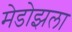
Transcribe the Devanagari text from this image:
मेडोझला